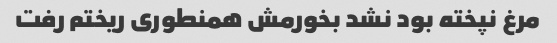
مرغ نپخته بود نشد بخورمش همنطوری ریختم رفت